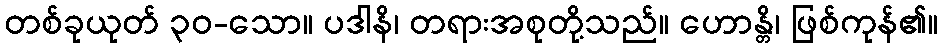
တစ်ခုယုတ် ၃၀-သော။ ပဒါနိ၊ တရားအစုတို့သည်။ ဟောန္တိ၊ ဖြစ်ကုန်၏။